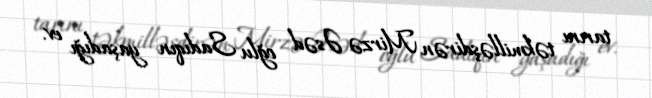
tarını təkmilləşdirən Mirzə Əsəd oğlu Sadıqın yaşadığı ev.